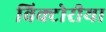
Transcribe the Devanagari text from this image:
विक्टोरीया